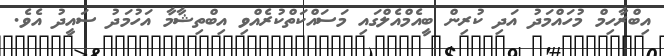
އިބްރާހިމް މުހައްމަދު އަދި ކުރިން ބީއެމްއެލްގައި މަސައްކަތްކުރެއްވި އިބްތިޝާމާ އަހުމަދު ސައީދު އެވެ.